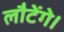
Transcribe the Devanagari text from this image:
लौटेंगे।